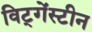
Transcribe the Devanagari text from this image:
विट्गेंस्टीन